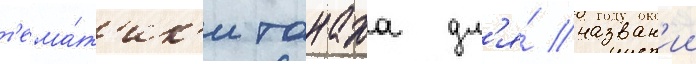
т'ема́т'ик'и танаха дл'я́ назван'ии